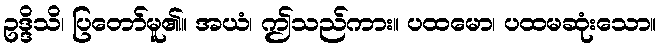
ဥဒ္ဒိသိ၊ ပြတော်မူ၏။ အယံ၊ ဤသည်ကား။ ပထမော၊ ပထမဆုံးသော။